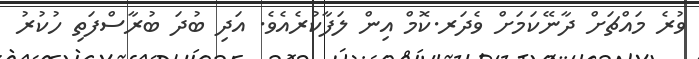
ވުރެ މައްޗަށް ދާނޭކަމަށް ވެދަރ.ކޮމް އިން ލަފާކުރެއެވެ. އަދި ބުދަ ބުރާސްފަތި ހުކުރު